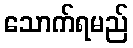
သောက်ရမည်